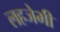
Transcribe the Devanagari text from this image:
लहजेभी